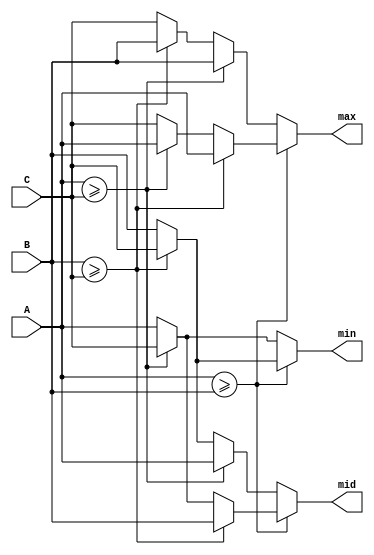
module sort3 (
	  input   [ 7 : 0 ]   A,
    input   [ 7 : 0 ]   B,
    input   [ 7 : 0 ]   C,

	  output	[ 7 : 0 ]   max,
    output	[ 7 : 0 ]   mid,
    output	[ 7 : 0 ]   min
);

reg     [7:0]   max_w, min_w, mid_w;

assign max = max_w;
assign mid = mid_w;
assign min = min_w;

always@(*) begin
    if(A>=B) begin
        if(B>=C) begin
            max_w = A;
            mid_w = B;
            min_w = C;
        end
        else begin
            if(A>=C) begin
                max_w = A;
                mid_w = C;
                min_w = B;
            end
            else begin
                max_w = C;
                mid_w = A;
                min_w = B;
            end
        end
    end
    else begin
        if(A>=C) begin
            max_w = B;
            mid_w = A;
            min_w = C;
        end
        else begin
            if(B>=C) begin
                max_w = B;
                mid_w = C;
                min_w = A;
            end
            else begin
                max_w = C;
                mid_w = B;
                min_w = A;
            end
        end
    end

end


endmodule




/*##########################################################*/

module sort33 (
	  input   [ 7 : 0 ]   x11,
    input   [ 7 : 0 ]   x21,
    input   [ 7 : 0 ]   x31,

    input   [ 7 : 0 ]   x12,
    input   [ 7 : 0 ]   x22,
    input   [ 7 : 0 ]   x32,

    input   [ 7 : 0 ]   x13,
    input   [ 7 : 0 ]   x23,
    input   [ 7 : 0 ]   x33,

	  output	[ 7:0]	    o11,
    output	[ 7:0]	    o21,
    output	[ 7:0]	    o31,

    output	[ 7:0]	    o12,
    output	[ 7:0]	    o22,
    output	[ 7:0]	    o32,

    output	[ 7:0]	    o13,
    output	[ 7:0]	    o23,
    output	[ 7:0]	    o33
);

wire        [7:0]       maxa, mida, mina;
wire        [7:0]       maxb, midb, minb;
wire        [7:0]       maxc, midc, minc;

sort3 s3a(
	  .A(x11),
    .B(x21),
    .C(x31),

	  .max(maxa),
    .mid(mida),
    .min(mina)
);
sort3 s3(
	  .A(x12),
    .B(x22),
    .C(x32),

	  .max(maxb),
    .mid(midb),
    .min(minb)
);
sort3 s3c(
	  .A(x13),
    .B(x23),
    .C(x33),

	  .max(maxc),
    .mid(midc),
    .min(minc)
);


assign  o11 = maxa;
assign  o21 = mida;
assign  o31 = mina;

assign  o12 = maxb;
assign  o22 = midb;
assign  o32 = mina;

assign  o13 = maxc;
assign  o23 = midc;
assign  o33 = minc;



endmodule

/*##########################################################*/

module mid9 (
	  input   [ 7 : 0 ]   x11,
    input   [ 7 : 0 ]   x21,
    input   [ 7 : 0 ]   x31,

    input   [ 7 : 0 ]   x12,
    input   [ 7 : 0 ]   x22,
    input   [ 7 : 0 ]   x32,

    input   [ 7 : 0 ]   x13,
    input   [ 7 : 0 ]   x23,
    input   [ 7 : 0 ]   x33,

  	output	[ 7:0]	    ans
);
wire        [7:0]       t11,t21, t31;
wire        [7:0]       t12,t22, t32;
wire        [7:0]       t13,t23, t33;

wire        [7:0]       max1,max2, max3;
wire        [7:0]       mid1,mid2, mid3;
wire        [7:0]       min1,min2, min3;

wire        [7:0]       max, mid, min;

sort33 sort33_1(
	  .x11(x11),
    .x21(x21),
    .x31(x31),

    .x12(x12),
    .x22(x22),
    .x32(x32),

    .x13(x13),
    .x23(x23),
    .x33(x33),

  	.o11(t11),
    .o21(t21),
    .o31(t31),

    .o12(t12),
    .o22(t22),
    .o32(t32),

    .o13(t13),
    .o23(t23),
    .o33(t33)
);

sort33 sort33_2(
	  .x11(t11),
    .x21(t12),
    .x31(t13),

    .x12(t21),
    .x22(t22),
    .x32(t23),

    .x13(t31),
    .x23(t32),
    .x33(t33),

	  .o11(max1),
    .o21(max2),
    .o31(max3),

    .o12(mid1),
    .o22(mid2),
    .o32(mid3),

    .o13(min1),
    .o23(min2),
    .o33(min3)
);
sort3 s3a(
  	.A(max3),
    .B(mid2),
    .C(min1),

  	.max(max),
    .mid(mid),
    .min(min)
);




assign ans = mid; 


endmodule